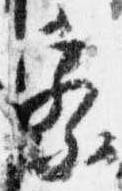
察